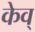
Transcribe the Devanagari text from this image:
केव्‌